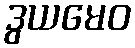
ဒွယမေဝ